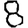
Digit: 8